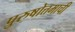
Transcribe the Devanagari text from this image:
पुरुषोत्तमाची